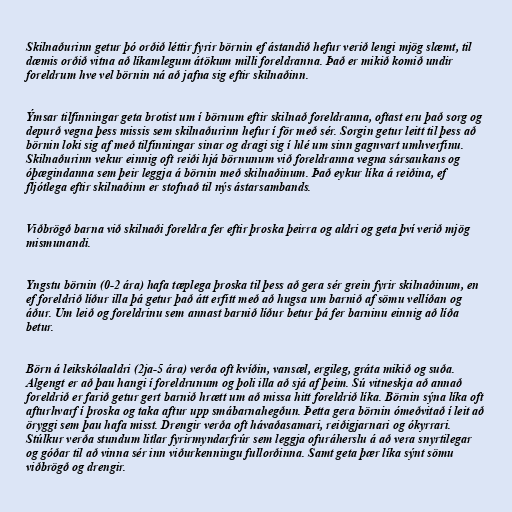
Skilnaðurinn getur þó orðið léttir fyrir börnin ef ástandið hefur verið lengi mjög slæmt, til
dæmis orðið vitna að líkamlegum átökum milli foreldranna. Það er mikið komið undir
foreldrum hve vel börnin ná að jafna sig eftir skilnaðinn.

Ýmsar tilfinningar geta brotist um í börnum eftir skilnað foreldranna, oftast eru það sorg og
depurð vegna þess missis sem skilnaðurinn hefur í för með sér. Sorgin getur leitt til þess að
börnin loki sig af með tilfinningar sinar og dragi sig í hlé um sinn gagnvart umhverfinu.
Skilnaðurinn vekur einnig oft reiði hjá börnunum við foreldranna vegna sársaukans og
óþægindanna sem þeir leggja á börnin með skilnaðinum. Það eykur líka á reiðina, ef
fljótlega eftir skilnaðinn er stofnað til nýs ástarsambands.

Viðbrögð barna við skilnaði foreldra fer eftir þroska þeirra og aldri og geta því verið mjög
mismunandi.

Yngstu börnin (0-2 ára) hafa tæplega þroska til þess að gera sér grein fyrir skilnaðinum, en
ef foreldrið líður illa þá getur það átt erfitt með að hugsa um barnið af sömu vellíðan og
áður. Um leið og foreldrinu sem annast barnið líður betur þá fer barninu einnig að líða
betur.

Börn á leikskólaaldri (2ja-5 ára) verða oft kvíðin, vansæl, ergileg, gráta mikið og suða.
Algengt er að þau hangi í foreldrunum og þoli illa að sjá af þeim. Sú vitneskja að annað
foreldrið er farið getur gert barnið hrætt um að missa hitt foreldrið líka. Börnin sýna líka oft
afturhvarf í þroska og taka aftur upp smábarnahegðun. Þetta gera börnin ómeðvitað í leit að
öryggi sem þau hafa misst. Drengir verða oft hávaðasamari, reiðigjarnari og ókyrrari.
Stúlkur verða stundum litlar fyrirmyndarfrúr sem leggja ofuráherslu á að vera snyrtilegar
og góðar til að vinna sér inn viðurkenningu fullorðinna. Samt geta þær líka sýnt sömu
viðbrögð og drengir.